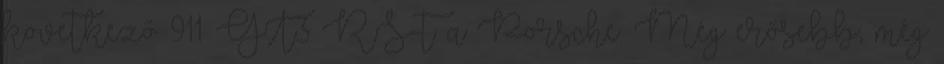
következő 911 GT3 RS-t a Porsche. Még erősebb, még